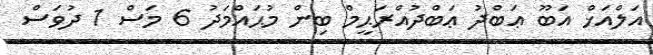
އަލްއަޚް އަބޫ ޢަބްދު ޢަބްދުއްރަޙީމް ބިން މުޙައްމަދު 6 މަސް 1 ދުވަސް